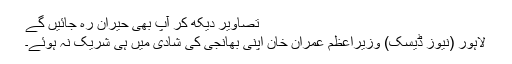
تصاویر دیکھ کر آپ بھی حیران رہ جائیں گے
لاہور (نیوز ڈیسک) وزیراعظم عمران خان اپنی بھانجی کی شادی میں ہی شریک نہ ہوئے۔